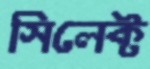
সিলেক্ট